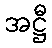
အဋ္ဌီ